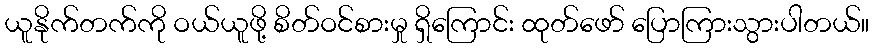
ယူနိုက်တက်ကို ဝယ်ယူဖို့ စိတ်ဝင်စားမှု ရှိကြောင်း ထုတ်ဖော် ပြောကြားသွားပါတယ်။